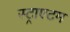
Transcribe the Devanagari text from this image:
स्ट्राएटम